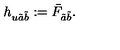
h _ { u \tilde { a } \tilde { b } } : = \bar { F } _ { \tilde { a } \tilde { b } } .